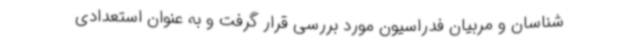
شناسان و مربیان فدراسیون مورد بررسی قرار گرفت و به عنوان استعدادی